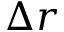
\Delta r